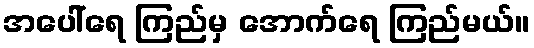
အပေါ်ရေ ကြည်မှ အောက်ရေ ကြည်မယ်။